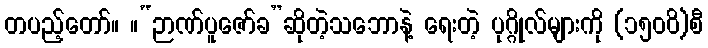
တပည့်တော်။ ။“ဉာဏ်ပူဇော်ခ”ဆိုတဲ့သဘောနဲ့ ရေးတဲ့ ပုဂ္ဂိုလ်များကို (၁၅၀၀ိ)စီ